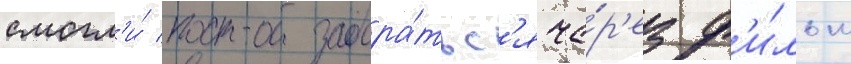
смогл'и́ продра́тьс'я че́р'ез ф'и́льм